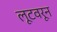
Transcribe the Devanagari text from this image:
लूटवरून